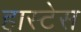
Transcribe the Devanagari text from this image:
हास्टेस